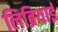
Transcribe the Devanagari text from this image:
लिब्रियाई